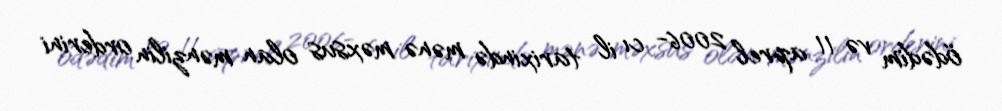
ödədim və 11 aprel 2006- cı il tarixində mənə məxsus olan mənzilin orderini